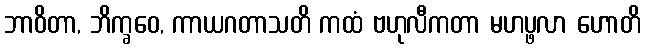
ဘာဝိတာ, ဘိက္ခဝေ, ကာယဂတာသတိ ကထံ ဗဟုလီကတာ မဟပ္ဖလာ ဟောတိ